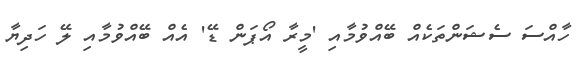
ހާއްސަ ސެޝަންތަކެއް ބޭއްވުމާއި 'މީރާ އޯޕަން ޑޭ' އެއް ބޭއްވުމާއި ލޭ ހަދިޔާ